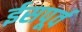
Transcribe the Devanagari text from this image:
ईसपूर्व